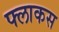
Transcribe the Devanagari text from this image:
फ्लाकस